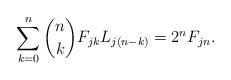
LaTeX: \begin{align*}\sum_{k=0}^{n} {n\choose k} F_{jk} L_{j(n-k)} = 2^n F_{jn}.\end{align*}